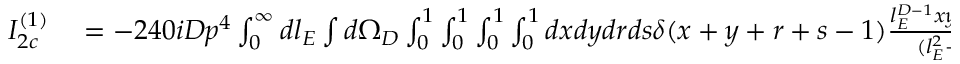
\begin{array} { r l } { I _ { 2 c } ^ { ( 1 ) } } & { { } = - 2 4 0 i D p ^ { 4 } \int _ { 0 } ^ { \infty } d l _ { E } \int d \Omega _ { D } \int _ { 0 } ^ { 1 } \int _ { 0 } ^ { 1 } \int _ { 0 } ^ { 1 } \int _ { 0 } ^ { 1 } d x d y d r d s \delta ( x + y + r + s - 1 ) \frac { l _ { E } ^ { D - 1 } x y ( y + s ) ^ { 2 } } { ( l _ { E } ^ { 2 } + \Delta ) ^ { 6 } } } \end{array}